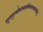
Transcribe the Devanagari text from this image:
शूलगुल्मोदरानाहधिरेकास्थापनादिषु